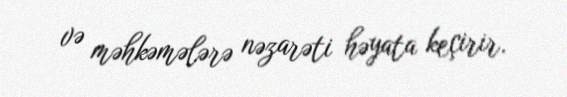
və məhkəmələrə nəzarəti həyata keçirir.